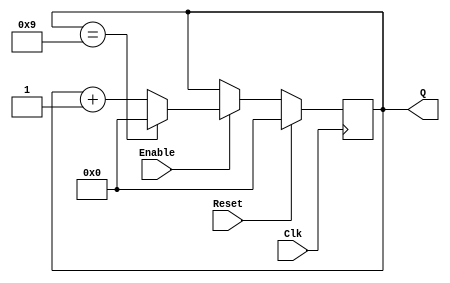
// 
		 
module BCD_Counter 
   (  input wire Clk, Reset, Enable,
      output reg [3:0] Q);
	  
	always @(posedge Clk)
	begin
	   if (Reset) 
	      Q <= 4'b0000;
	   else if (Enable) 
	      if (Q == 4'b1001) 
		     Q <= 4'b0000;
		  else 
		     Q <= Q + 1;
	end 
endmodule